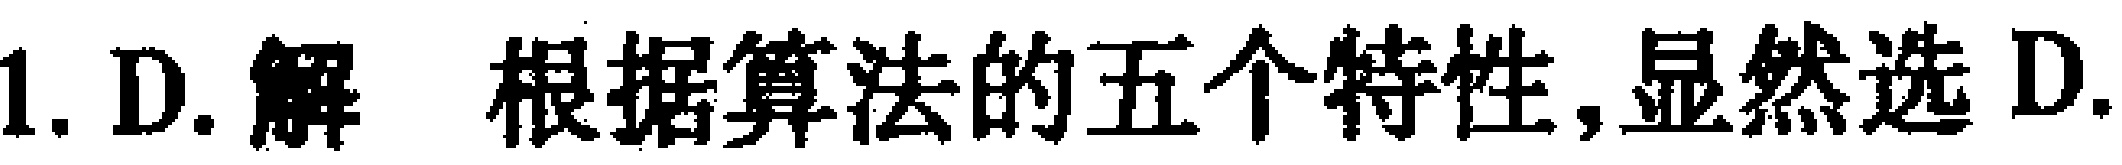
1. D. 解 根据算法的五个特性,显然选 D.